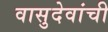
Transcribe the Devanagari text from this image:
वासुदेवांची